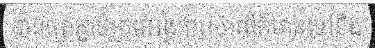
បានផ្សាភ្ជាប់ក្រុមអង្គការសារព័ត៌មានទៅនឹង